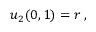
u _ { 2 } ( 0 , 1 ) = r \; ,